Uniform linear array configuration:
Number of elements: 12
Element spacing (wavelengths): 0.25
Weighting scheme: blackman
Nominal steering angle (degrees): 15
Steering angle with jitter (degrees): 14.051
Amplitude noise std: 0.05
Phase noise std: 0.05

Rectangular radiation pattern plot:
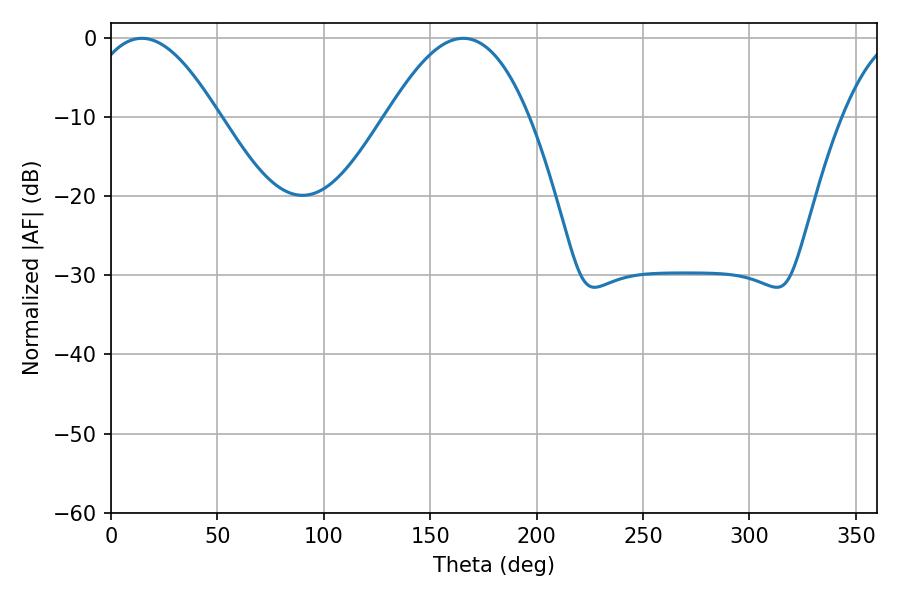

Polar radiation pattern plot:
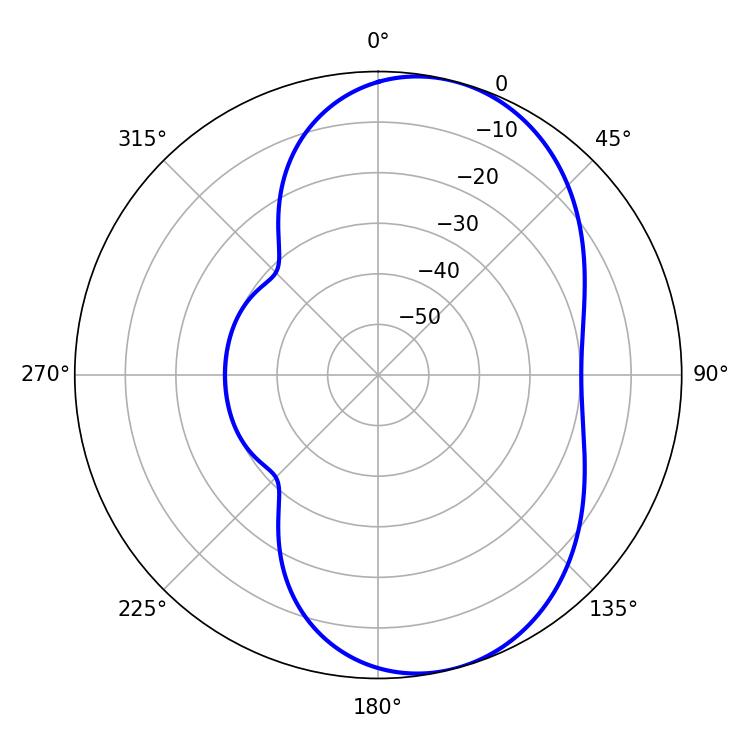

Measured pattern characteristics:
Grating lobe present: FALSE
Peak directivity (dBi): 7.151
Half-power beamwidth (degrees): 33.48
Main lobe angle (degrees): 14.4